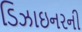
ડિઝાઇનરની